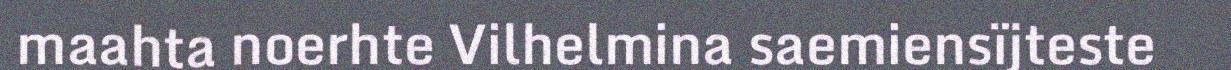
maahta noerhte Vilhelmina saemiensïjteste